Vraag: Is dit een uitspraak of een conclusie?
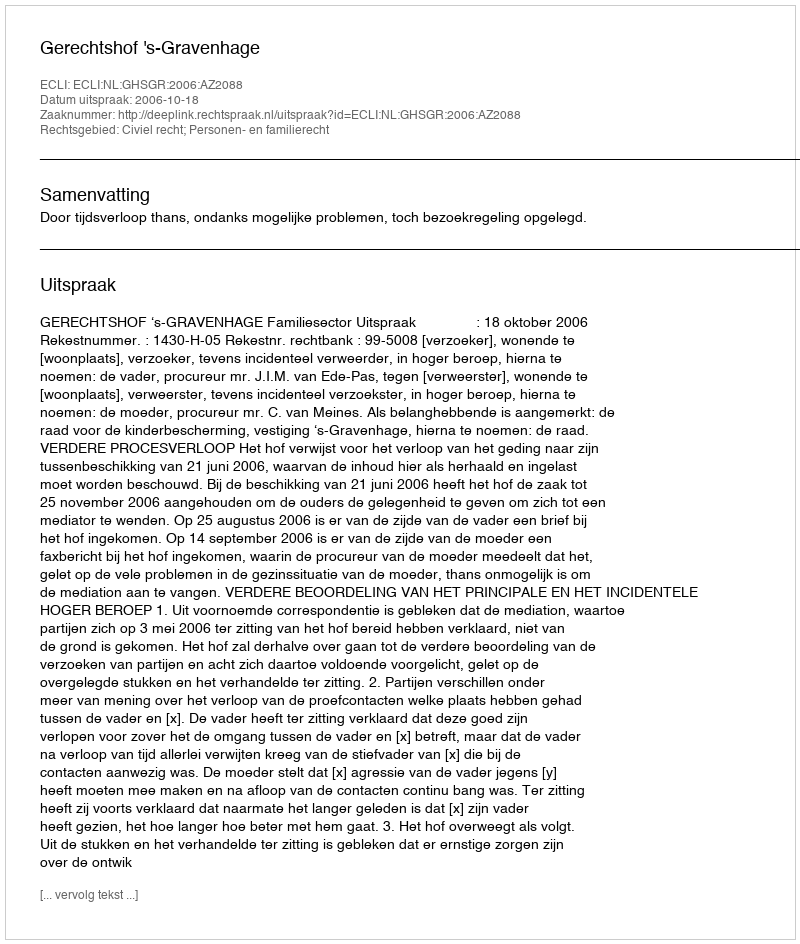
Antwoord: Uitspraak